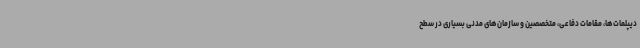
دیپلمات‌ها، مقامات دفاعی، متخصصین و سازمان‌های مدنی بسیاری در سطح